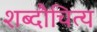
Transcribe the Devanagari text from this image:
शब्दौचित्य